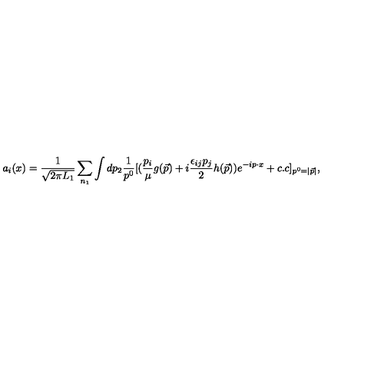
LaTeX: a _ { i } ( x ) = { \frac { 1 } { \sqrt { 2 \pi L _ { 1 } } } } \sum _ { n _ { 1 } } \int d p _ { 2 } { \frac { 1 } { p ^ { 0 } } } [ ( { \frac { p _ { i } } { \mu } } g ( \vec { p } ) + i { \frac { \epsilon _ { i j } p _ { j } } { 2 } } h ( \vec { p } ) ) e ^ { - i p \cdot x } + c . c ] _ { p ^ { 0 } = | \vec { p } | } ,